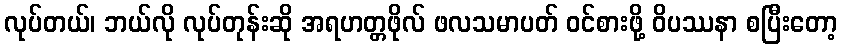
လုပ်တယ်၊ ဘယ်လို လုပ်တုန်းဆို အရဟတ္တဖိုလ် ဖလသမာပတ် ဝင်စားဖို့ ဝိပဿနာ စပြီးတော့